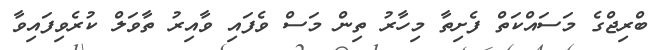
ބްރިޖްގެ މަސައްކަތް ފެށިތާ މިހާރު ތިން މަސް ވެފައި ވާއިރު ތާވަލް ކުރެވިފައިވާ